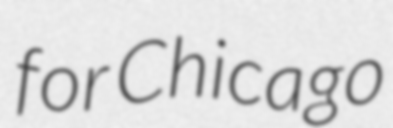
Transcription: for Chicago